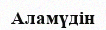
Аламүдін